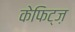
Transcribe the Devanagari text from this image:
केफिट्ज़